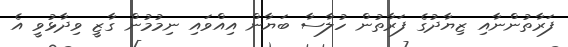
ފަރާތުންނާއި ޒިޔާދުގެ ފަރާތުން ހުލާސާ ބަޔާން އިއްވައި ނިމުމުން ގާޒީ ވިދާޅުވީ އެ